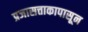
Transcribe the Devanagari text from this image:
प्रजासत्ताकापासून